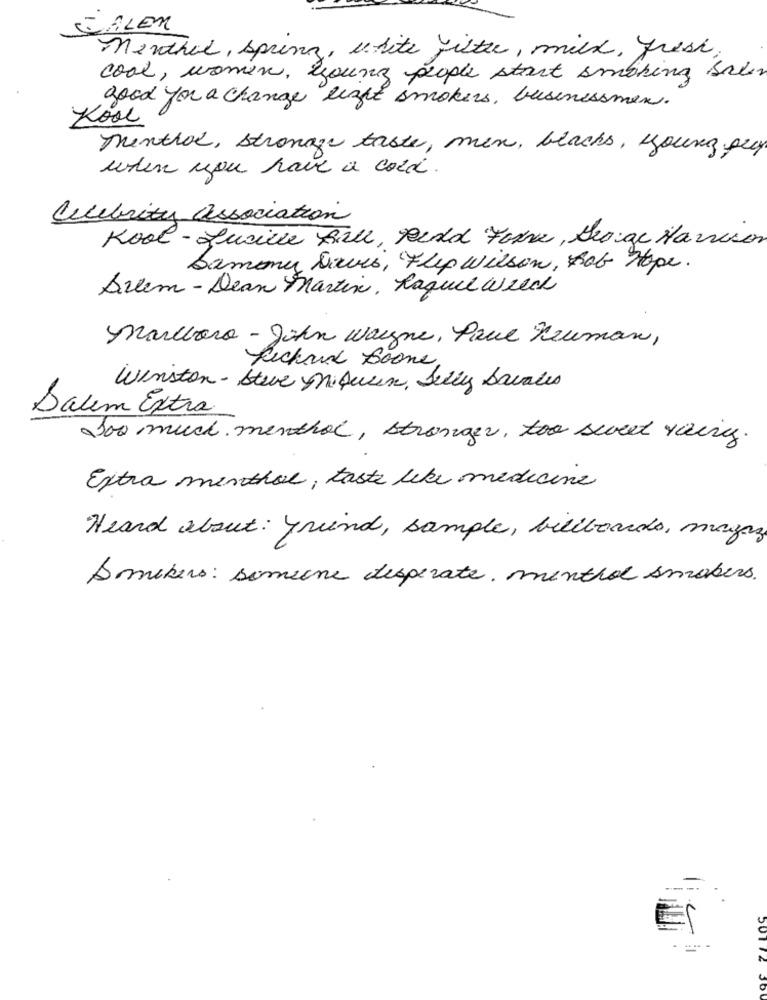
SALEM
Menthal, spring, white Lister, milk, fresh.
cool, women, young people start smoking sale
good you a change light smokers, businessmen.
Kool
Thenthal, strongge taste, men, blacks, young pry
when you have a cord.
Celebrity association
Kool-Lucille Ball , Ferd Forne , George Harrison
Samony Drives, Flip wilson, Bob Hope.
Dilem - Dean Martin, Raquel welch
Marlboro - John wayne, Paul Newman,
Richard Soone
Winston - Steve Mikusin, Telly Savales
Salem Extra
Too much menthol, stronger, too sweet young.
Extra menthol, taste like medicine
Heard about: Friend, sample, billboards, magazy
Domekers: someone desperate. menthol smokers.
---